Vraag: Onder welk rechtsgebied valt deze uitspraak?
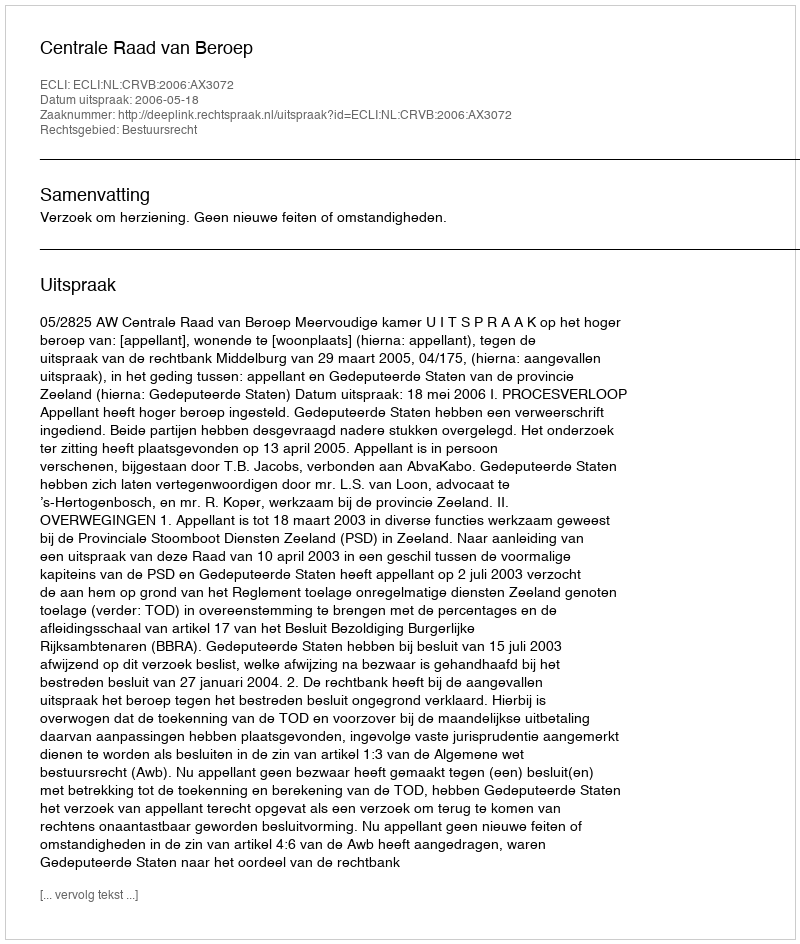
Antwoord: Bestuursrecht